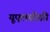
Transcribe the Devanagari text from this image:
यूएलसीसी